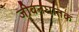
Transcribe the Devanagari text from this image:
जीवनघातक